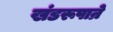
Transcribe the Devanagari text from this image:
खंडरूपान्रे